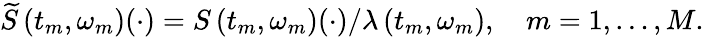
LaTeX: \widetilde{S}\left(t_{m},\omega_{m}\right)(\cdot)=S\left(t_{m},\omega_{m}\right)(\cdot)/\lambda\left(t_{m},\omega_{m}\right),\quad m=1,\ldots,M.